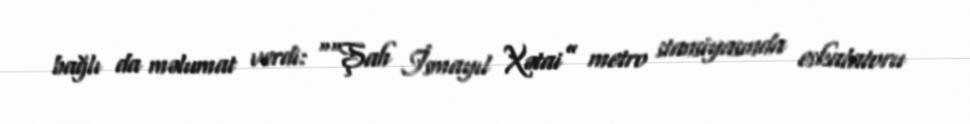
bağlı da məlumat verdi: ““Şah İsmayıl Xətai” metro stansiyasında eskalatoru